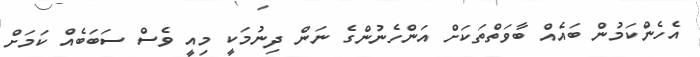
އެހެންކަމުން ބައެއް ބާވަތްތަކަށް އަންހެނުންގެ ނަން ދިނުމަކީ މިއީ ވެސް ސަބަބެއް ކަމަށް